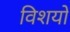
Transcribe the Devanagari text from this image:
विशयो